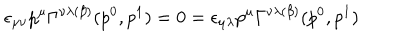
\epsilon _ { \mu \nu } p ^ { \mu } \Gamma ^ { \nu \lambda ( \beta ) } ( p ^ { 0 } , p ^ { 1 } ) = 0 = \epsilon _ { \mu \lambda } p ^ { \mu } \Gamma ^ { \nu \lambda ( \beta ) } ( p ^ { 0 } , p ^ { 1 } )